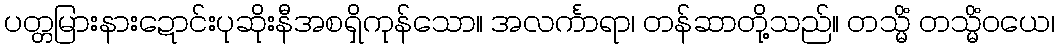
ပတ္တမြားနားဍောင်းပုဆိုးနီအစရှိကုန်သော။ အလင်္ကာရာ၊ တန်ဆာတို့သည်။ တသ္မိံ တသ္မိံဝယေ၊